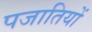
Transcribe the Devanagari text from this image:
पजातियों